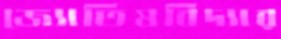
জ্যোতিষবিদ্যার